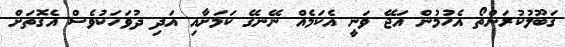
ގަބޫލުކުރަންތޯ އެހުމުން އަޖޭ ވަނީ އެކަމެއް ނޭނގޭ ކަމަށާއި އަދި ދުވަހަކުވެސް އެގޮތަށް